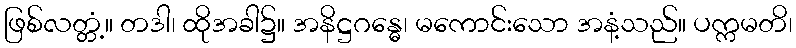
ဖြစ်လတ္တံ့။ တဒါ၊ ထိုအခါ၌။ အနိဋ္ဌဂန္ဓေ၊ မကောင်းသော အနံ့သည်။ ပက္ကမတိ၊